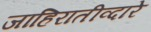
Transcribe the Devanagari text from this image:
जाहिरातीव्दारे